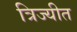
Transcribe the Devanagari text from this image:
त्रिज्यीत